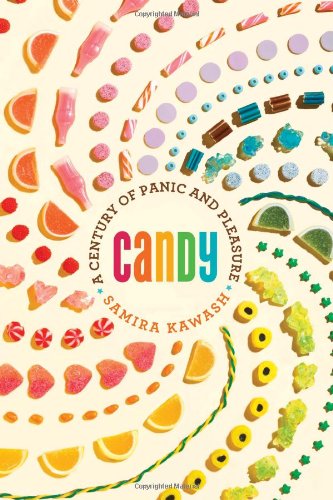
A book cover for Candy: A Century of Panic and Pleasure; Samira Kawash; Cookbooks, Food & Wine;